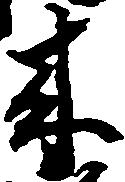
来